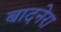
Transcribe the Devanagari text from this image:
बादनेरा